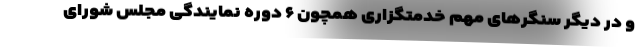
و در دیگر سنگرهای مهم خدمتگزاری همچون ۶ دوره نمایندگی مجلس شورای